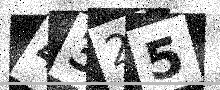
Text: 4325